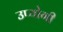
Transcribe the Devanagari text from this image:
उप्योगी